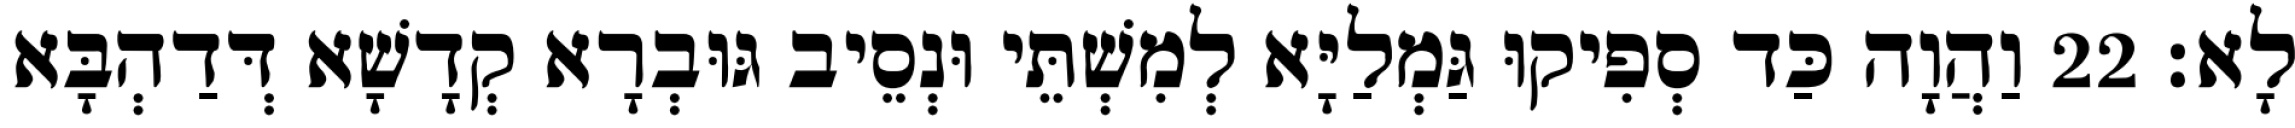
לָא׃ 22 וַהֲוָה כַּד סְפִיקוּ גַּמְלַיָּא לְמִשְׁתֵּי וּנְסֵיב גּוּבְרָא קְדָשָׁא דְּדַהְבָּא